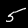
Label: 5